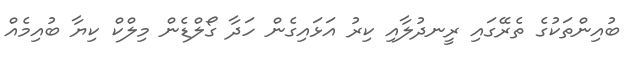
ބުއިންތަކުގެ ތެރޭގައި ރީނދުލާއި ކިރު އަޅައިގެން ހަދާ ގޯލްޑެން މިލްކް ކިޔާ ބުއިމެއް